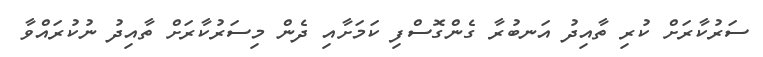
ސަރުކާރަށް ކުރި ތާއިދު އަނބުރާ ގެންގޮސްފި ކަމަށާއި ދެން މިސަރުކާރަށް ތާއިދު ނުކުރައްވާ